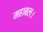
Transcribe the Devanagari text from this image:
महाबलः।